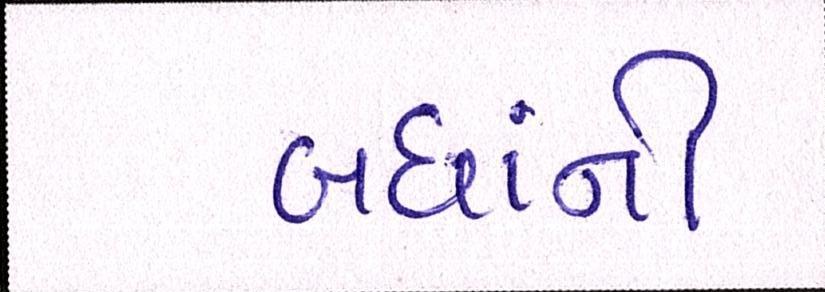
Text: બધાંની